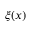
\xi ( x )